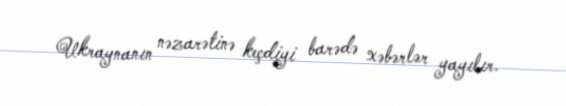
Ukraynanın nəzarətinə keçdiyi barədə xəbərlər yayılır.